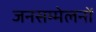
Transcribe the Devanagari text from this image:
जनसम्मेलनों